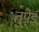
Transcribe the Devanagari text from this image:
तुपेड़